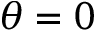
\theta = 0